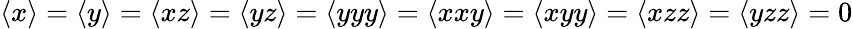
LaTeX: \begin{array}{r}{\langle x\rangle=\langle y\rangle=\langle xz\rangle=\langle yz\rangle=\langle yyy\rangle=\langle xxy\rangle=\langle xyy\rangle=\langle xzz\rangle=\langle yzz\rangle=0}\end{array}